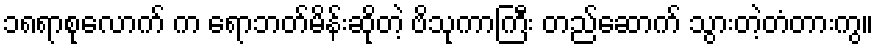
၁၈ရာစုလောက် က ရောဘတ်မိန်းဆိုတဲ့ ဗိသုကာကြီး တည်ဆောက် သွားတဲ့တံတားကွ။